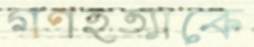
গণহত্যাকে